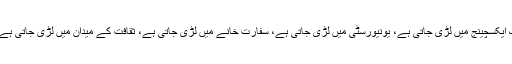
جنگ تجارت کی منڈی میں لڑی جاتی ہے، سٹاک ایکسچینج میں لڑی جاتی ہے، یونیورسٹی میں لڑی جاتی ہے، سفارت خانے میں لڑی جاتی ہے، ثقافت کے میدان میں لڑی جاتی ہے، ہم نے درس گاہ کو بز اخفش کا آموختہ بنایا دیا۔